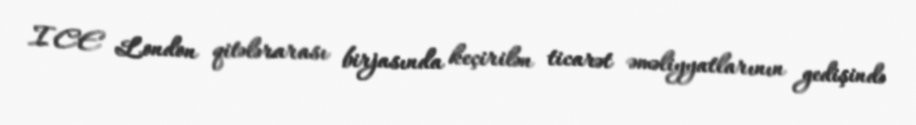
ICE London qitələrarası birjasında keçirilən ticarət əməliyyatlarının gedişində